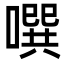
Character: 噀